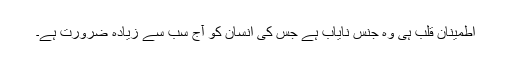
اطمینان قلب ہی وہ جنس نایاب ہے جس کی انسان کو آج سب سے زیادہ ضرورت ہے۔